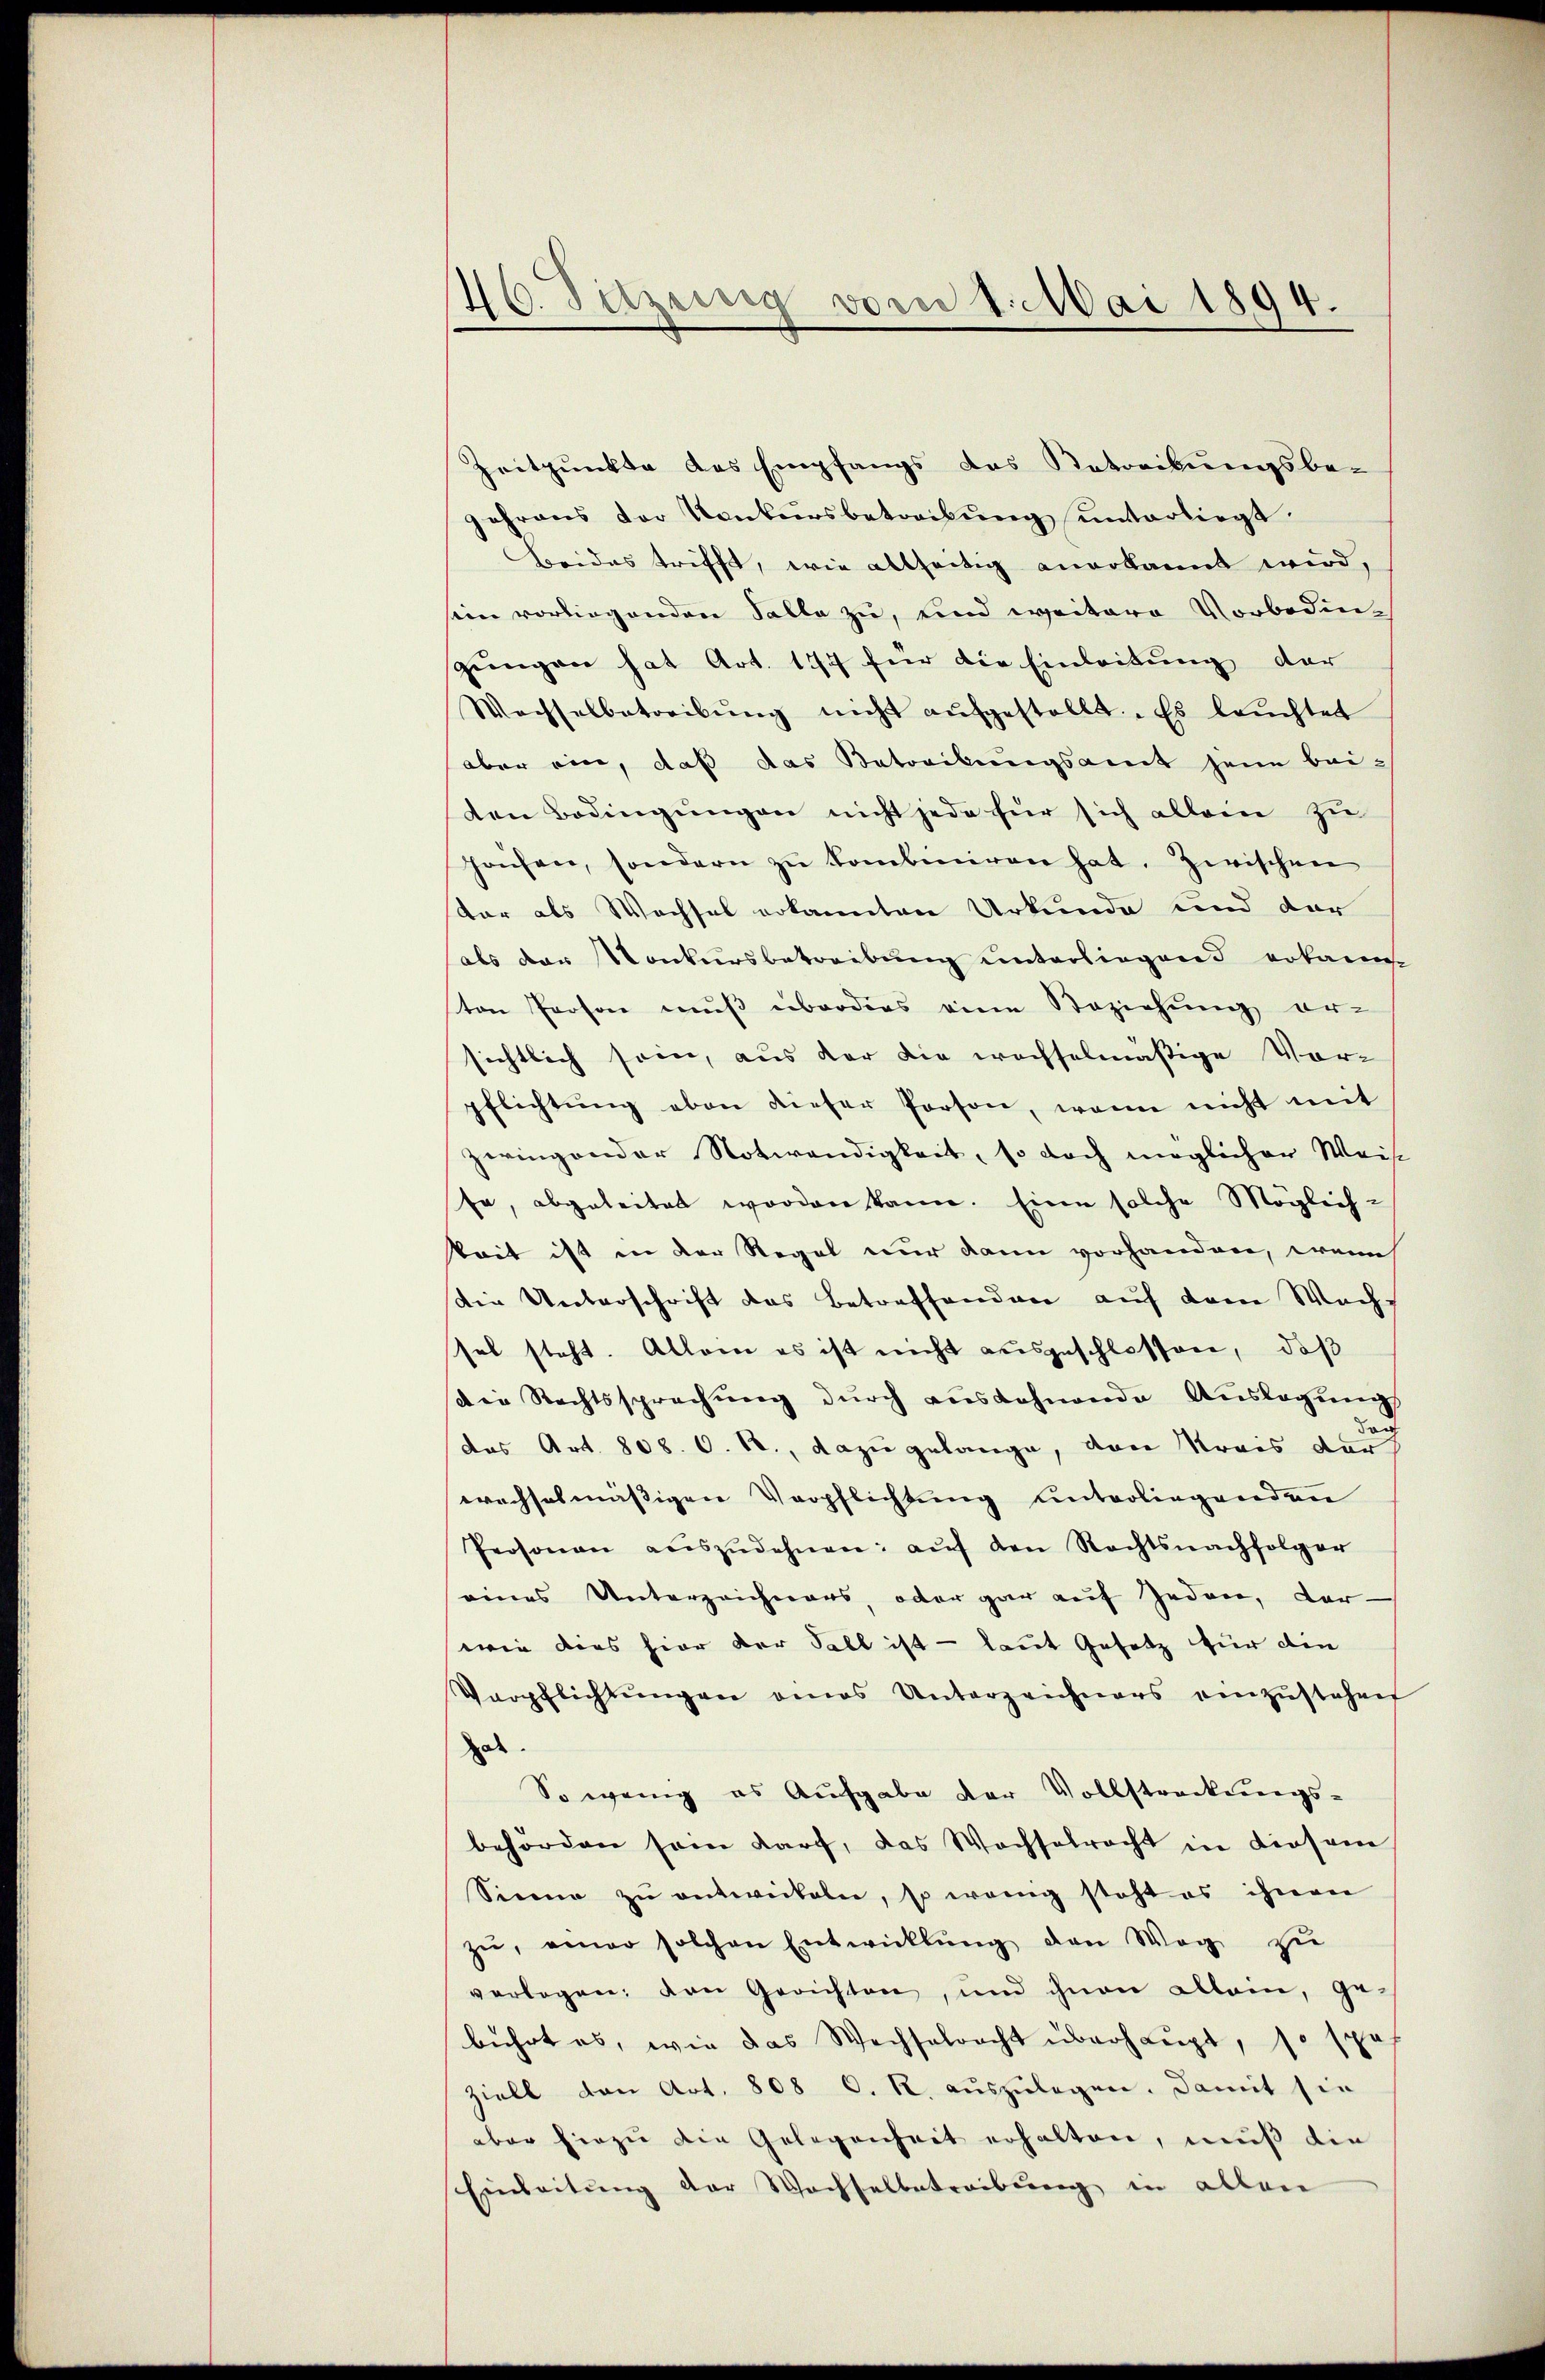
46. Sitzung vom 1. Mai 1894.

Zeitpunkte des Empfangs das Betreibungsbe-
gehrens der Konkursbetreibŭng ŭnterliegt.
Beides trifft, wie allseitig anerkannt wird,
sein vorliegenden Falle zu, und weitere Vorbedingŭngen hat Art. 157 für die Einleitung der
Wachselbetreibŭng nicht aŭfgestellt. Es leuchtet
aber ein, daß das Betreibŭngsamt jene beiten Bedingungen nicht jede für sich allein zu
hafen, sondern zŭ kombiniren hat. Zwischen
tar als Wechsel erkannten Urkunde und der
als der Konkursbetreibung unterliegend erkannt
ten Person muß eiborders eine Beziehung er-
sichtlich sein, aus der die wachselmäßige Vor-
pflichtŭng eben dieser Person, wenn nicht mit
zwingender Notwendigkeit, so doch möglicher Weise
fe, abgeleitet worden kann. Eine solche Möglich-
keit ist in der Regel nur dann vorhanden, wenn
die Unterschrift das Betreffenden auf dem Wachs
sel steht. Allein es ist nicht ausgeschlossen, daß
die Rechtssprechŭng dŭrch ausdehnende Aŭslagŭng
das Art. 808. C. R., dazu gelange, dann Kreis durc
wechselmässigen Verpflichtung unterliegenden
Personen aŭszŭdehnen: aŭf den Rechtsnachfolger
eines Unterzeichners, oder gar auf jeden, dar-
wie dies hier der Fall ist - laut Gesetz für die
Verpflichtŭngen eines Unterzeichners einzŭstehen
de
So wenig es Aufgabe der Vollstreckungsbehörden sein darf, das Wachselrecht in diesem
Siena zŭ entwickeln, so wenig steht es ihnen
zŭ, einer solchen Entwicklung den Weg zŭ
verlegen, den Gerichten, und ihnen allein, gebührt es, wie das Wechselrecht überhaŭpt, so spa
ziell den Art. 808 C. R. aŭszŭlegen. Damit sie
aber hiezu die Gelegenheit erhalten, muß die
Einleitung der Wachselbetreibung in allen